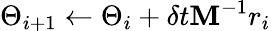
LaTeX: \Theta_{i+1}\gets\Theta_{i}+\delta t\mathbf{M}^{-1}r_{i}